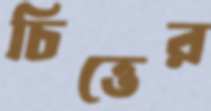
চিত্তের